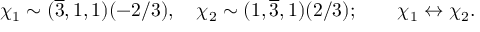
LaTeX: \chi _ { 1 } \sim ( \overline { { { 3 } } } , 1 , 1 ) ( - 2 / 3 ) , \quad \chi _ { 2 } \sim ( 1 , \overline { { { 3 } } } , 1 ) ( 2 / 3 ) ; \qquad \chi _ { 1 } \leftrightarrow \chi _ { 2 } .